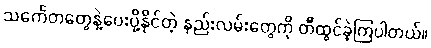
သင်္ကေတတွေနဲ့ပေးပို့နိုင်တဲ့ နည်းလမ်းတွေကို တီထွင်ခဲ့ကြပါတယ်။